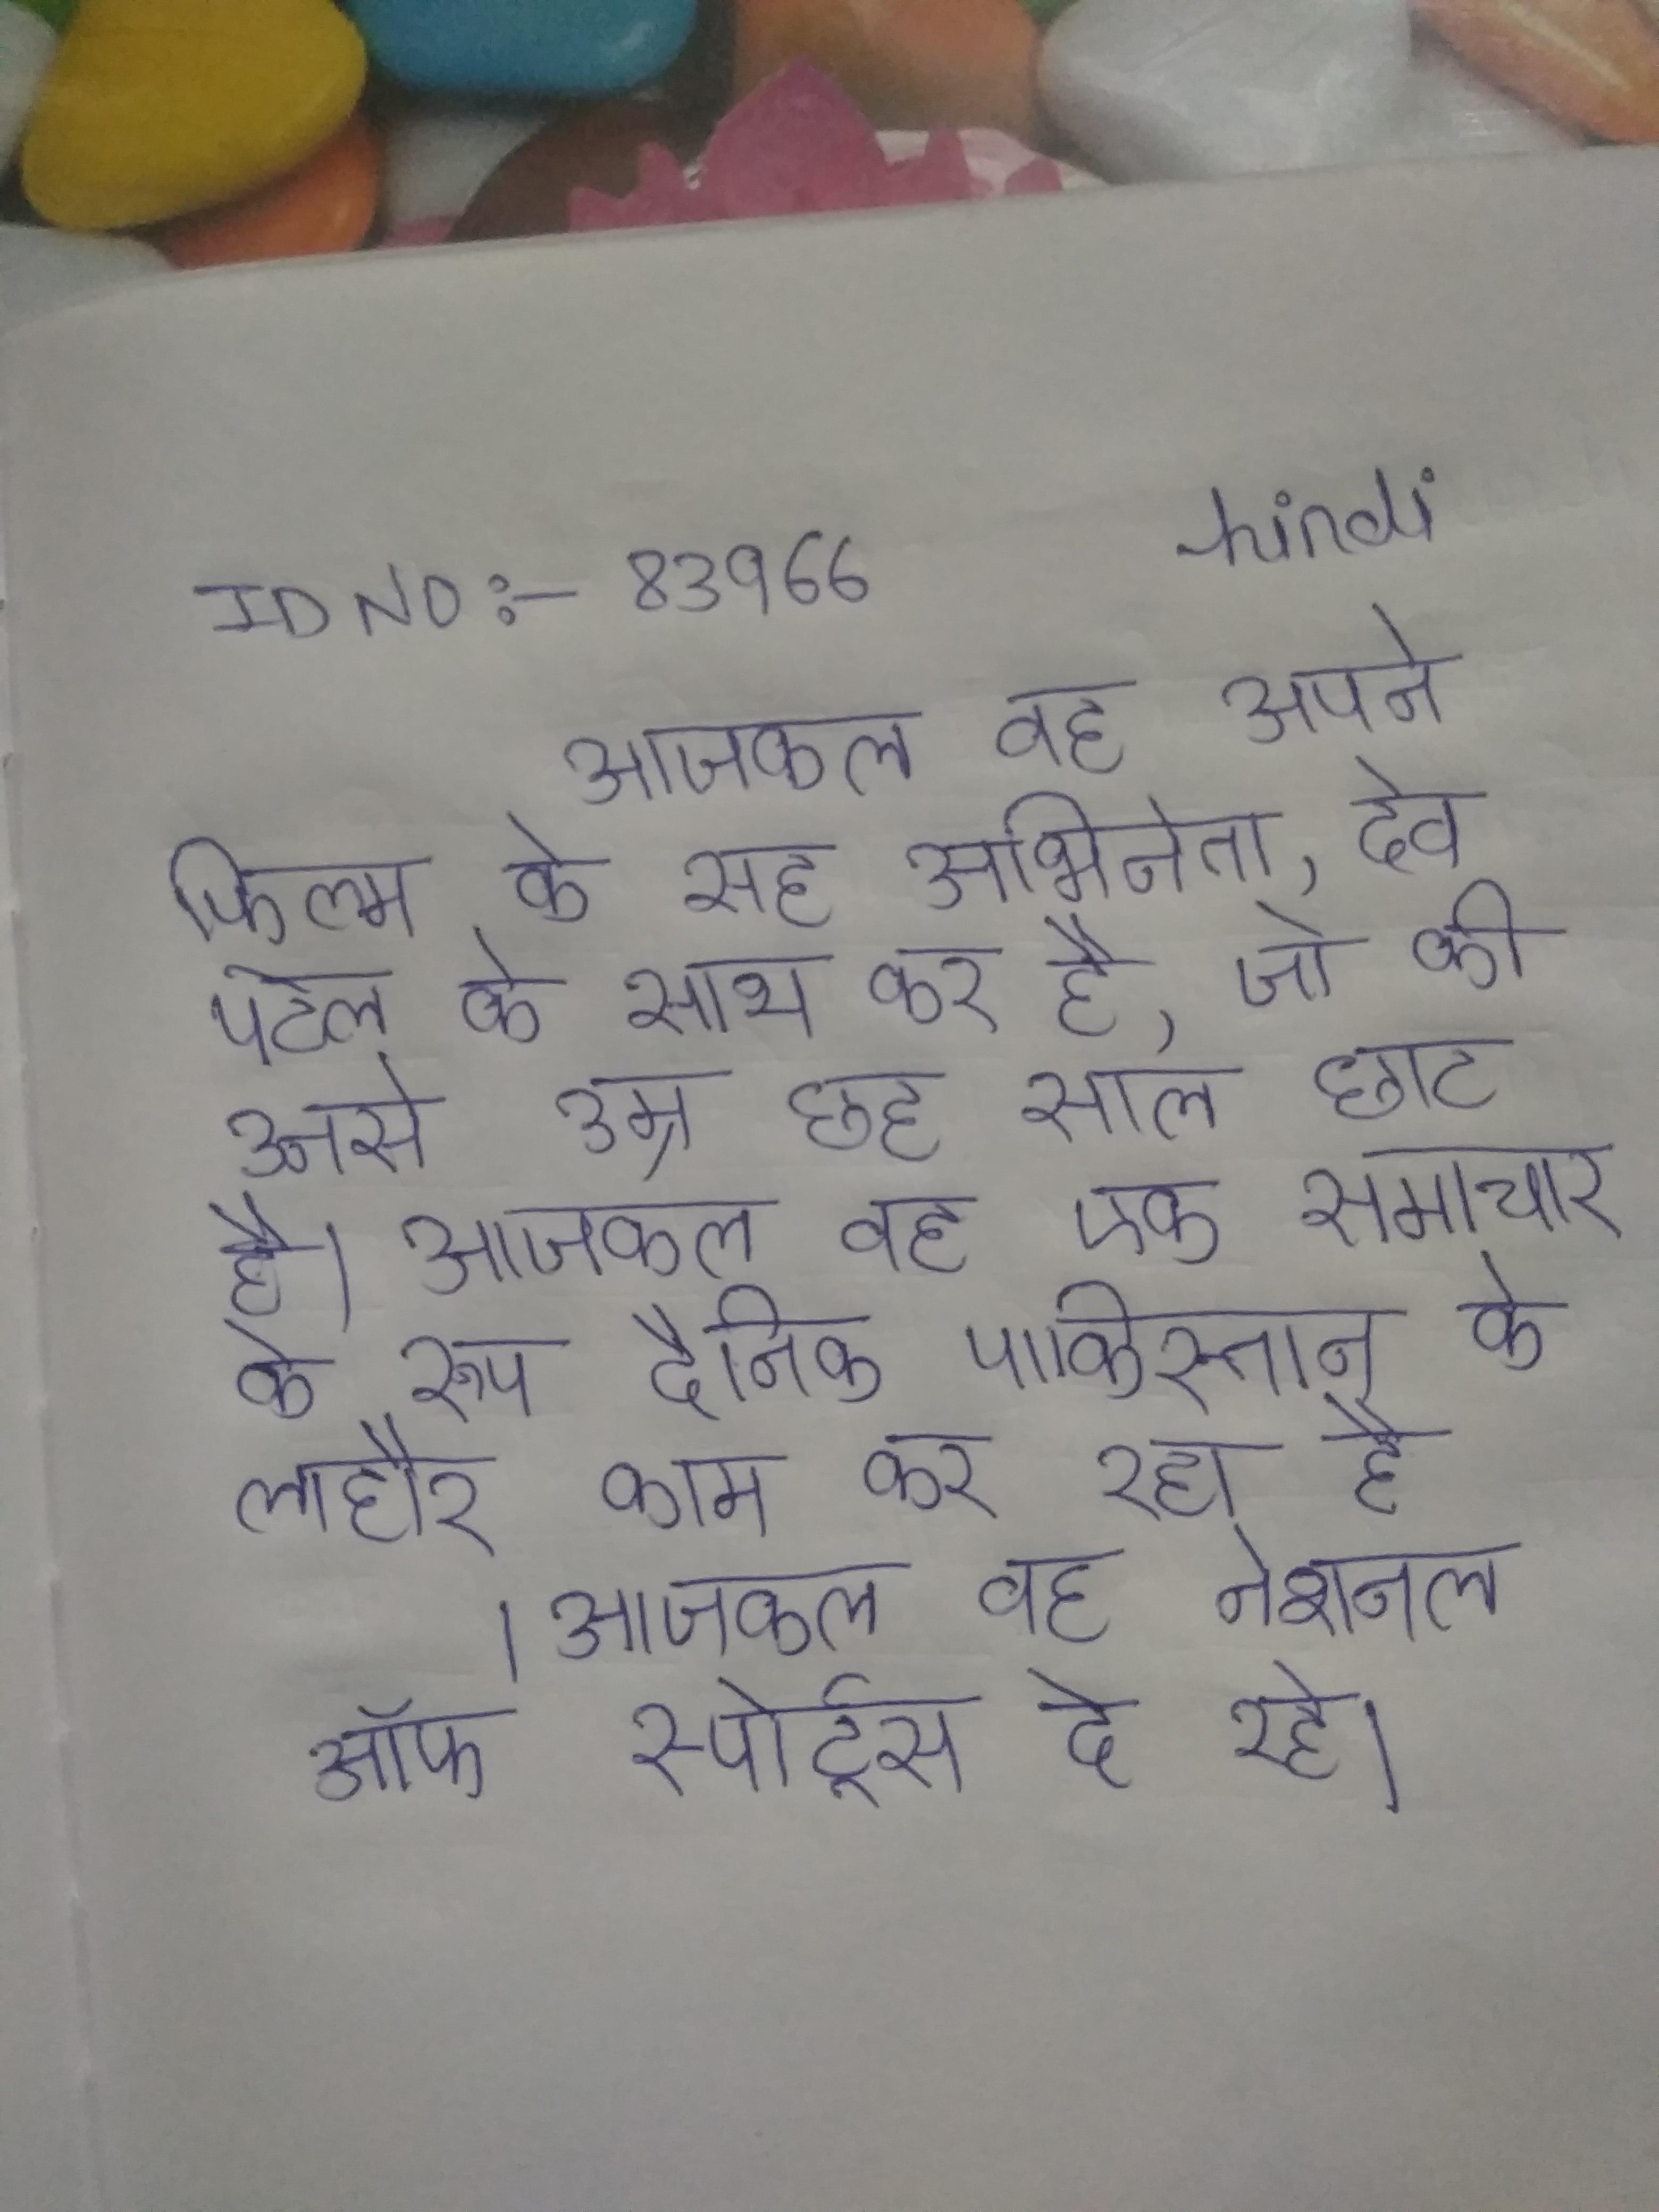
आजकल वह अपने फिल्म के सह अभिनेता, देव पटेल के साथ कर है, जो की उनसे उम्र छह साल छोटे है । आजकल वह एक समाचार के रूप दैनिक पाकिस्तान के लाहौर काम कर रहा है । आजकल वह नेशनल ऑफ स्पोर्ट्स दे रहे ।